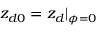
z _ { d 0 } = z _ { d } | _ { \phi = 0 }